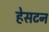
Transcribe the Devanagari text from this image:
हेसटन